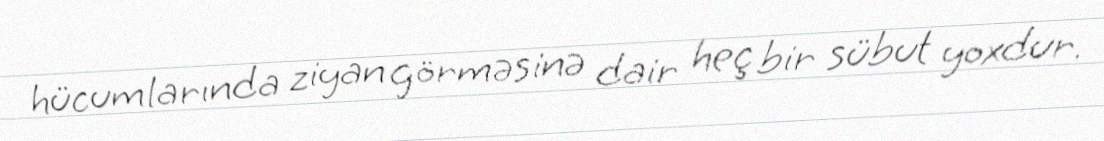
hücumlarında ziyan görməsinə dair heç bir sübut yoxdur.